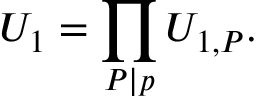
U _ { 1 } = \prod _ { P | p } U _ { 1 , P } .